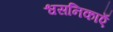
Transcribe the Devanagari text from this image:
श्वसनिकाएँ